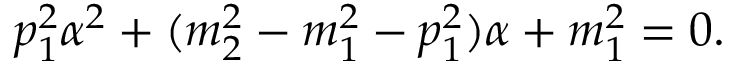
p _ { 1 } ^ { 2 } \alpha ^ { 2 } + ( m _ { 2 } ^ { 2 } - m _ { 1 } ^ { 2 } - p _ { 1 } ^ { 2 } ) \alpha + m _ { 1 } ^ { 2 } = 0 .